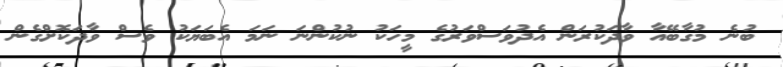
ބުނެ މުގާބޭއާ ވާދަކުރަން އެދުވަސްވަރުގެ މީހަކު ނުކުންނަ ނަމަ އެބަޔަކު ވެސް ވާދަކޮށްގެން